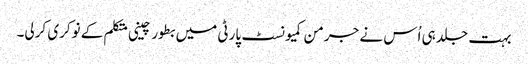
بہت جلد ہی اُس نے جرمن کمیونسٹ پارٹی میں بطور چینی متکلم کے نوکری کرلی۔